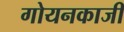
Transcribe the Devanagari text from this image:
गोयनकाजी